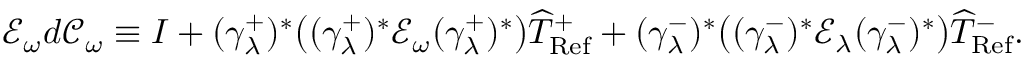
\mathcal E _ { \omega } d \mathcal C _ { \omega } \equiv I + ( \gamma _ { \lambda } ^ { + } ) ^ { * } \big ( ( \gamma _ { \lambda } ^ { + } ) ^ { * } \mathcal E _ { \omega } ( \gamma _ { \lambda } ^ { + } ) ^ { * } \big ) \widehat T _ { \mathrm { R e f } } ^ { + } + ( \gamma _ { \lambda } ^ { - } ) ^ { * } \big ( ( \gamma _ { \lambda } ^ { - } ) ^ { * } \mathcal E _ { \lambda } ( \gamma _ { \lambda } ^ { - } ) ^ { * } \big ) \widehat T _ { \mathrm { R e f } } ^ { - } .